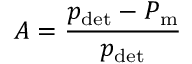
A = \frac { p _ { \mathrm { d e t } } - P _ { \mathrm { m } } } { p _ { \mathrm { d e t } } }